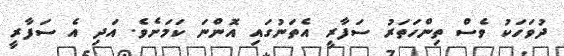
ދުވަހަކު ވެސް ތިންހަތަރު ސަފާރީ އެތަނުގައި އޮންނަ ކަމަށެވެ. އަދި އެ ސަފާރީ